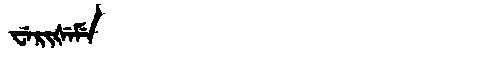
Manchu: ᠸᡝᡵᡳᡧᡝᠮᡝ
Romanization: WERIŠEME